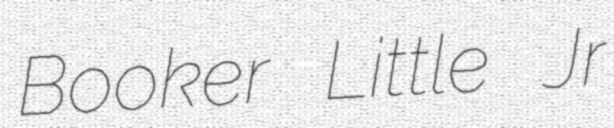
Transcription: Booker Little Jr